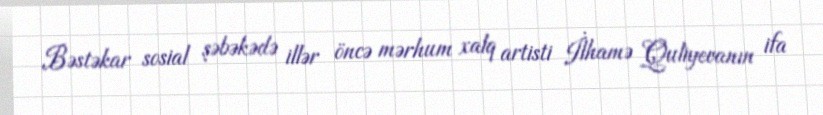
Bəstəkar sosial şəbəkədə illər öncə mərhum xalq artisti İlhamə Quliyevanın ifa